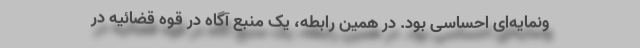
ونمایه‌ای احساسی بود. در همین رابطه، یک منبع آگاه در قوه قضائیه در